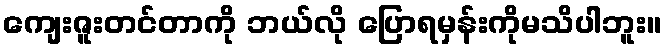
ကျေးဇူးတင်တာကို ဘယ်လို ပြောရမှန်းကိုမသိပါဘူး။